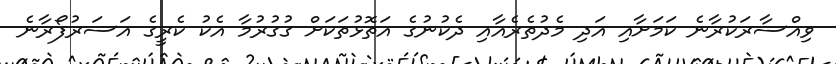
ވިއްސާރަކުރާނެ ކަމަށާއި އަދި މެދުތެރެއާއި ދެކުނުގެ އަތޮޅުތަކަށް ގުގުރުމާ އެކު ކެރީގެ އަސަރުފޯރާނެ